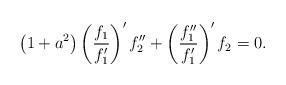
LaTeX: \begin{align*}\left( 1+a^{2}\right) \left( \frac{f_{1}}{f_{1}^{\prime }}\right) ^{\prime}f_{2}^{\prime \prime }+\left( \frac{f_{1}^{\prime \prime }}{f_{1}^{\prime }}\right) ^{\prime }f_{2}=0. \end{align*}